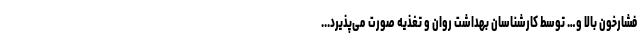
فشارخون بالا و… توسط کارشناسان بهداشت روان و تغذیه صورت می‌پذیرد...